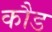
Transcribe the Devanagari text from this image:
कौड